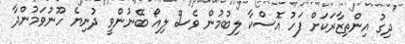
ދިގު އިންތިޒާރަކަށް ފަހު އޮސްކާ ލިބުމުން ވެސް ލިއޯ ބޭނުންވީ ދުނިޔެ ހޫނުވަމުންދާ